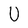
Character: U